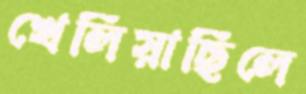
খেলিয়াছিলে